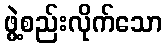
ဖွဲ့စည်းလိုက်သော